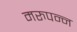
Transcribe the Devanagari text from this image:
मरुपन्न